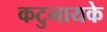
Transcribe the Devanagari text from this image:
कटुनायके